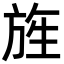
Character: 旌